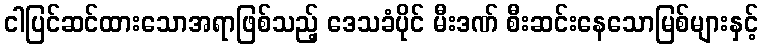
ငါပြင်ဆင်ထားသောအရာဖြစ်သည့် ဒေသခံပိုင် မီးဒဏ် စီးဆင်းနေသောမြစ်များနှင့်